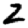
Digit: 2